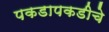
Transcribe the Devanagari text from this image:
पकडापकडीचे